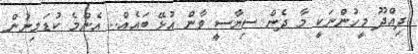
ދިއްދޫ މީހުންނަކީ މާ ދެން ސިޔާސީ ވާން އުޅޭ ބައެއް.. އެންމެ ކުޑަމިނުން